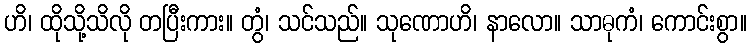
ဟိ၊ ထိုသို့သိလို တပြီးကား။ တွံ၊ သင်သည်။ သုဏောဟိ၊ နာလော။ သာဓုကံ၊ ကောင်းစွာ။